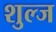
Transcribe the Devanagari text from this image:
शुल्ज